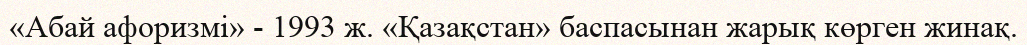
«Абай афоризмі» - 1993 ж. «Қазақстан» баспасынан жарық көрген жинақ.